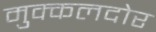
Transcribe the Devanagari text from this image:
मुक्कलदोर